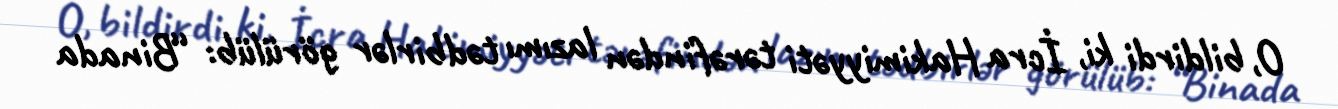
O, bildirdi ki, İcra Hakimiyyəti tərəfindən lazımı tədbirlər görülüb: “Binada